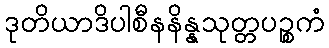
ဒုတိယာဒိပါစီနနိန္နသုတ္တပဉ္စကံ